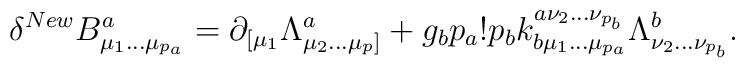
\delta^{New}B^a_{\mu_1\ldots\mu_{p_a}}=\partial_{[\mu_1}\Lambda^a_{\mu_2\ldots\mu_p ]} +g_bp_a!p_bk_{b\mu_1\ldots\mu_{p_a}}^{a\nu_2 \ldots\nu_{p_b}}\Lambda^b_{\nu_2\ldots\nu_{p_b}}.